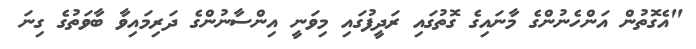
"އެގޮތުން އަންހެނުންގެ މާނައިގެ ގޮތުގައި ރަދީފުގައި މިވަނީ އިންސާނުންގެ ދަރިމައިވާ ބާވަތުގެ ގިނަ